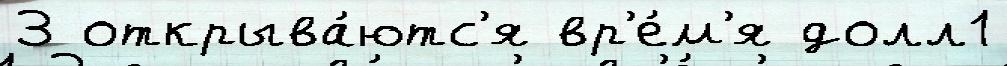
3 открыва́ютс'я вр'е́м'я долл1